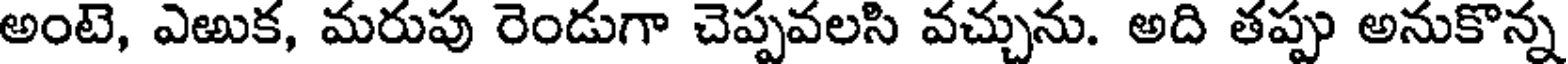
అంటె, ఎఱుక, మరుపు రెండుగా చెప్పవలసి వచ్చును. అది తప్పు అనుకొన్న